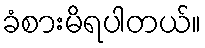
ခံစားမိရပါတယ်။